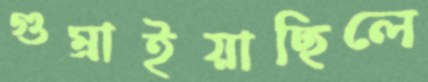
গুম্‌রাইয়াছিলে